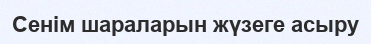
Сенім шараларын жүзеге асыру